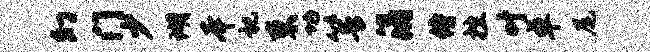
幻门少瑚本祀束功箐涓侍挫叶卓尾